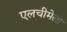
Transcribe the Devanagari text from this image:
एलचीमेला